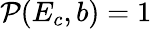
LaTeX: \mathcal{P}(E_{c},b)=1